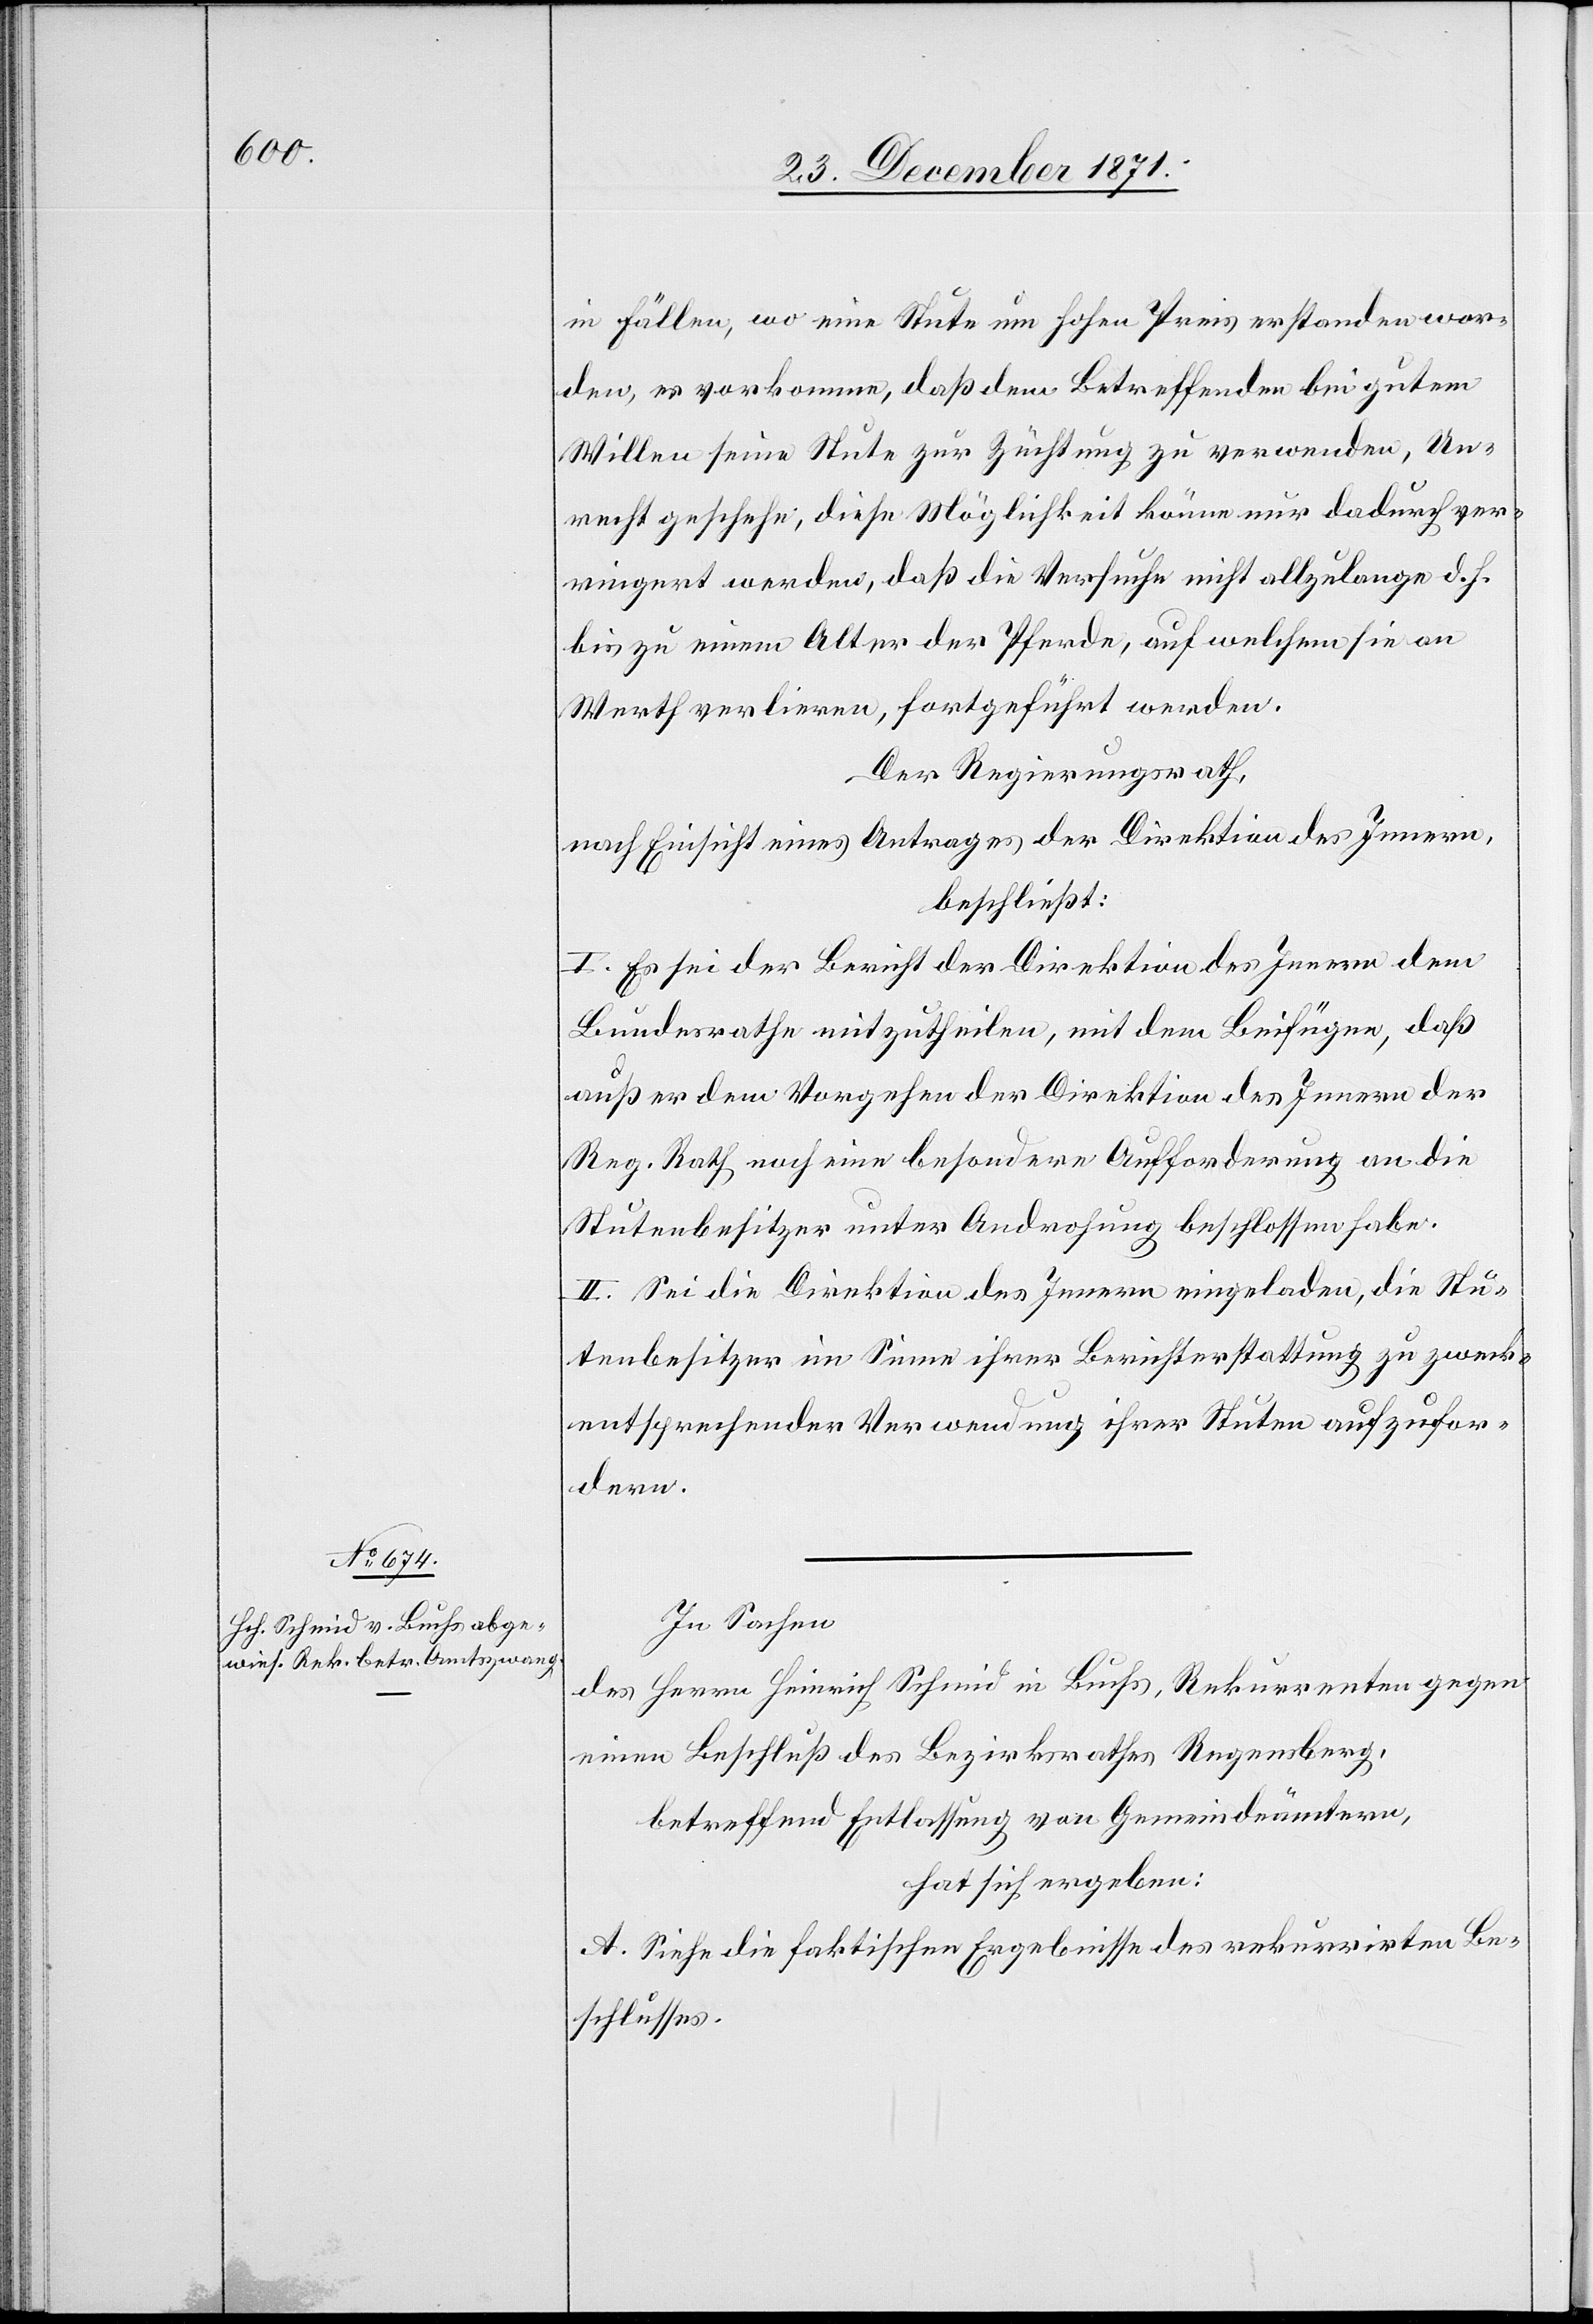
in Fällen, wo eine Stute um hohen Preis erstanden wor¬
den, es vorkommen, daß dem Betreffenden bei gutem
Willen seine Stute zur Züchtung zu verwenden, Un¬
recht geschehe; diese Möglichkeit könne nur dadurch ver¬
ringert werden, daß die Versuche nicht allzu lange d. h.
bis zu einem Alter der Pferde, auf welchem sie an
Werth verlieren, fortgeführt werden.
Der Regierungsrath,
nach Einsicht eines Antrages der Direktion des Innern,
beschließt:
I. Es sei der Bericht der Direktion des Innern dem
Bundesrathe mitzutheilen, mit dem Beifügen, daß
außer dem Vorgehen der Direktion des Innern der
Reg. Rath noch eine besondere Aufforderung an die
Stutenbesitzer unter Androhung beschlossen habe.
II. Sei die Direktion des Innern eingeladen, die Stu¬
tenbesitzer im Sinne ihrer Berichterstattung zu zweck¬
entsprechender Verwendung ihrer Stuten aufzufor¬
dern.
In Sachen
des Herrn Heinrich Schmid in Buchs, Rekurrenten gegen
einen Beschluß des Bezirksrathes Regensberg,
betreffend Entlassung von Gemeindeämtern,
hat sich ergeben:
A. Siehe die faktischen Ergebnisse des rekurrirten Be¬
schlusses.